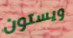
ويستون